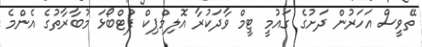
ތޭވީސް އަހަރުން ދަށުގެ ގައުމީ ޓީމް ވާދަކުރާ އޮލިމްޕިކް ފުޓްބޯޅަ މުބާރާތުގެ އެންމެ